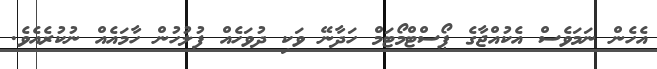
އެހެން ނަމަވެސް އެކުއްޖާގެ ޕޯސްޓްމޯޓަމް ހަދާނޭ ވަކި ދުވަހެއް ފުލުހުން ހާމައެއް ނުކުރެއެވެ.